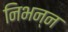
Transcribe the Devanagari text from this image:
निभन्न